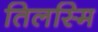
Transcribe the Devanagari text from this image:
तिलस्मि